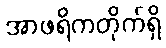
အာဖရိကတိုက်ရှိ